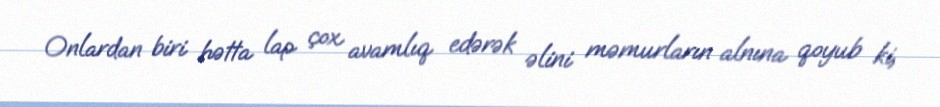
Onlardan biri hətta lap çox avamlıq edərək əlini məmurların alnına qoyub ki,